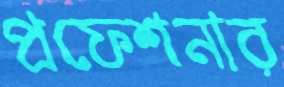
প্রফেশনার